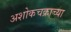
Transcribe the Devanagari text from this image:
अशोकचक्राच्या